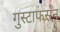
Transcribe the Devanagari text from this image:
गुस्टाफसन